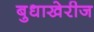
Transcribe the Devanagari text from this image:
बुधाखेरीज